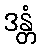
ဒန္တံ